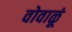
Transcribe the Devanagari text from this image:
वोवाळूं